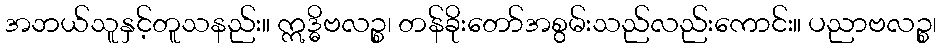
အဘယ်သူနှင့်တူသနည်း။ ဣဒ္ဓိဗလဉ္စ၊ တန်ခိုးတော်အစွမ်းသည်လည်းကောင်း။ ပညာဗလဉ္စ၊